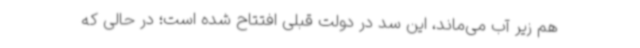
هم زیر آب می‌ماند، این سد در دولت قبلی افتتاح شده است؛ در حالی که